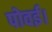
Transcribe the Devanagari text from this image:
पोवई।